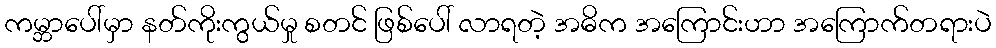
ကမ္ဘာပေါ်မှာ နတ်ကိုးကွယ်မှု စတင် ဖြစ်ပေါ် လာရတဲ့ အဓိက အကြောင်းဟာ အကြောက်တရားပဲ